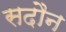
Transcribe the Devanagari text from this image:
सदौन